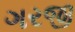
ગરજી